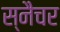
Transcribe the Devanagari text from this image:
स्नैचर